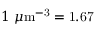
1 ~ \mu \mathrm { { m } ^ { - 3 } = 1 . 6 7 }